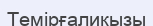
Темірғалиқызы